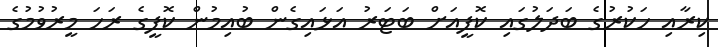
ކިރާއި ހަކުރުގެ ބަދަލުގައި ކޮފީއަށް ބަޓަރު އަޅައިގެން ބުއިމުން ކޮފީގެ ރަހަ މީރުވުމުގެ